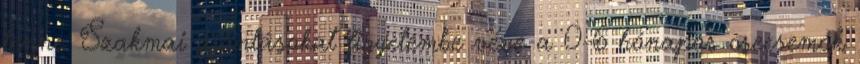
lenne. Szakmai ajánlásokat figyelembe véve a 0-6 hónapos csecsemők